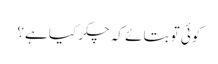
کوئی تو بتائے کہ چکر کیا ہے؟